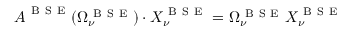
\boldsymbol { A } ^ { \mathrm { ~ B ~ S ~ E ~ } } ( \Omega _ { \nu } ^ { \mathrm { ~ B ~ S ~ E ~ } } ) \cdot \boldsymbol { X } _ { \nu } ^ { \mathrm { ~ B ~ S ~ E ~ } } = \Omega _ { \nu } ^ { \mathrm { ~ B ~ S ~ E ~ } } \boldsymbol { X } _ { \nu } ^ { \mathrm { ~ B ~ S ~ E ~ } }